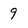
Character: 9